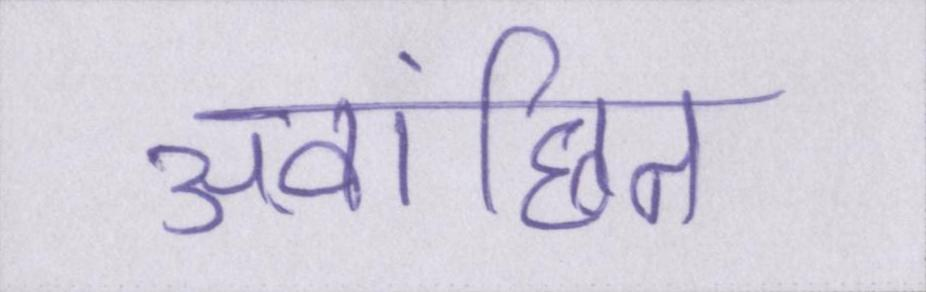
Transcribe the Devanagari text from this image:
अवांछित